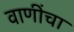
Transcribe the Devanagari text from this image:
वाणींचा